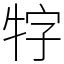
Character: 牸